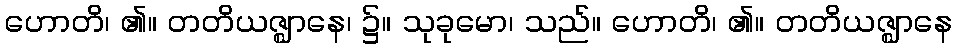
ဟောတိ၊ ၏။ တတိယဇ္ဈာနေ၊ ၌။ သုခုမော၊ သည်။ ဟောတိ၊ ၏။ တတိယဇ္ဈာနေ